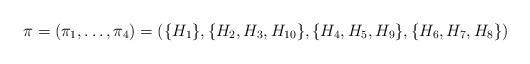
LaTeX: \begin{align*}\pi = (\pi_1, \ldots, \pi_4) = (\{H_1\},\{H_2,H_3,H_{10}\},\{H_4,H_5,H_9\}, \{H_6,H_7,H_8\})\end{align*}